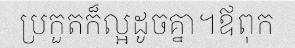
ប្រកួតក៏ល្អដូចគ្នា។ឪពុក